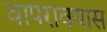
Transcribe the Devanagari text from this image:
वापरावयास